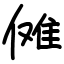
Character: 傩